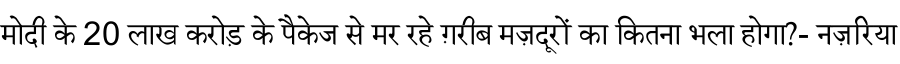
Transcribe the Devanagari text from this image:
मोदी के 20 लाख करोड़ के पैकेज से मर रहे ग़रीब मज़दूरों का कितना भला होगा?- नज़रिया